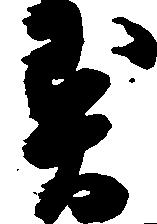
異